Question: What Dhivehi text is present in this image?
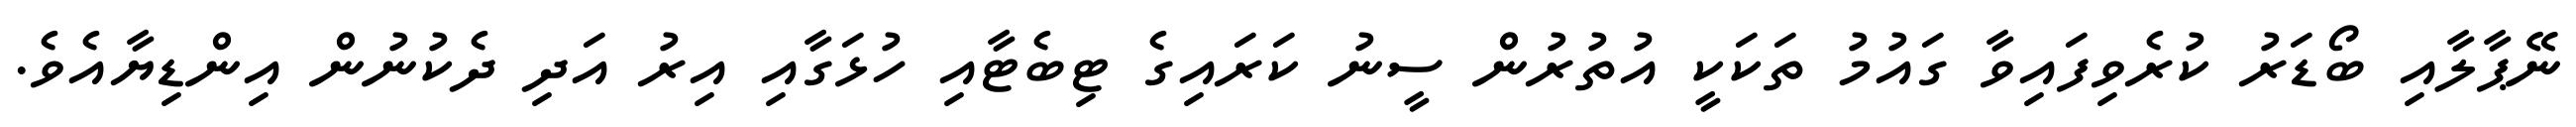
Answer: ނޭޕާލާއި ބޯޑަރު ކުރެވިފައިވާ ގައުމު ތަކަކީ އުތުރުން ސީނު ކަރައިގެ ޓިބެޓާއި ހުޅަގާއި އިރު އަދި ދެކުނުން އިންޑިޔާއެވެ.